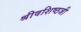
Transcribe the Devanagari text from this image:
श्रीवशिष्ठजी